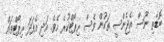
ބޮޑެތި ނޫސް އެޖެންސީ ތަކުން ވެސް ރިޕޯޓްކުރެ އެވެ. އަދި އެފަދަ ރިޕޯޓްތައް